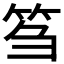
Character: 𥬠